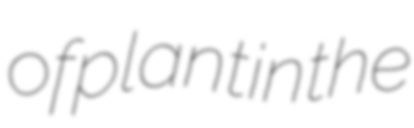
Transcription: of plant in the